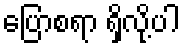
ပြောစရာ ရှိလို့ပါ